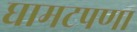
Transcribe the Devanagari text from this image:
घामटपणा